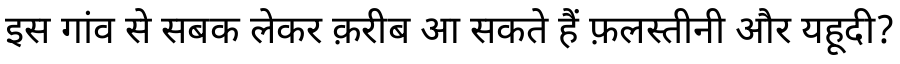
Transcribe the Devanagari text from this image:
इस गांव से सबक लेकर क़रीब आ सकते हैं फ़लस्तीनी और यहूदी?